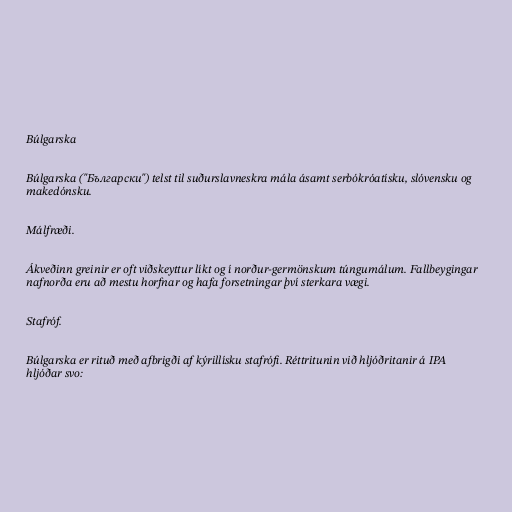
Búlgarska

Búlgarska ("Български") telst til suðurslavneskra mála ásamt serbókróatísku, slóvensku og
makedónsku.

Málfræði.

Ákveðinn greinir er oft viðskeyttur líkt og í norður-germönskum túngumálum. Fallbeygingar
nafnorða eru að mestu horfnar og hafa forsetningar því sterkara vægi.

Stafróf.

Búlgarska er rituð með afbrigði af kýrillísku stafrófi. Réttritunin við hljóðritanir á IPA
hljóðar svo: